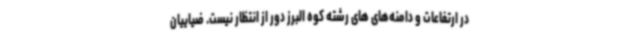
در ارتفاعات و دامنه‌های های رشته کوه البرز دور از انتظار نیست. ضیاییان